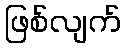
ဖြစ်လျက်